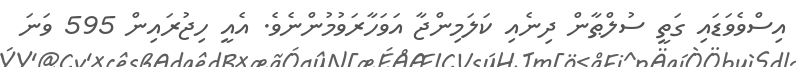
އިސްވެވަޑައި ގަތީ ސުލްޠާން ދިނެއި ކަލަމިންޖާ އަވަހާރަވުމުންނެވެ. އެއީ ހިޖުރައިން 595 ވަނަ